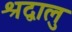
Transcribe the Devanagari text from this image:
श्रद्वालु